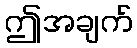
ဤအချက်